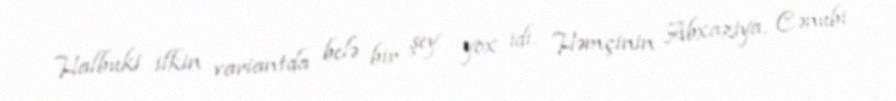
Halbuki ilkin variantda belə bir şey yox idi. Həmçinin Abxaziya, Cənubi